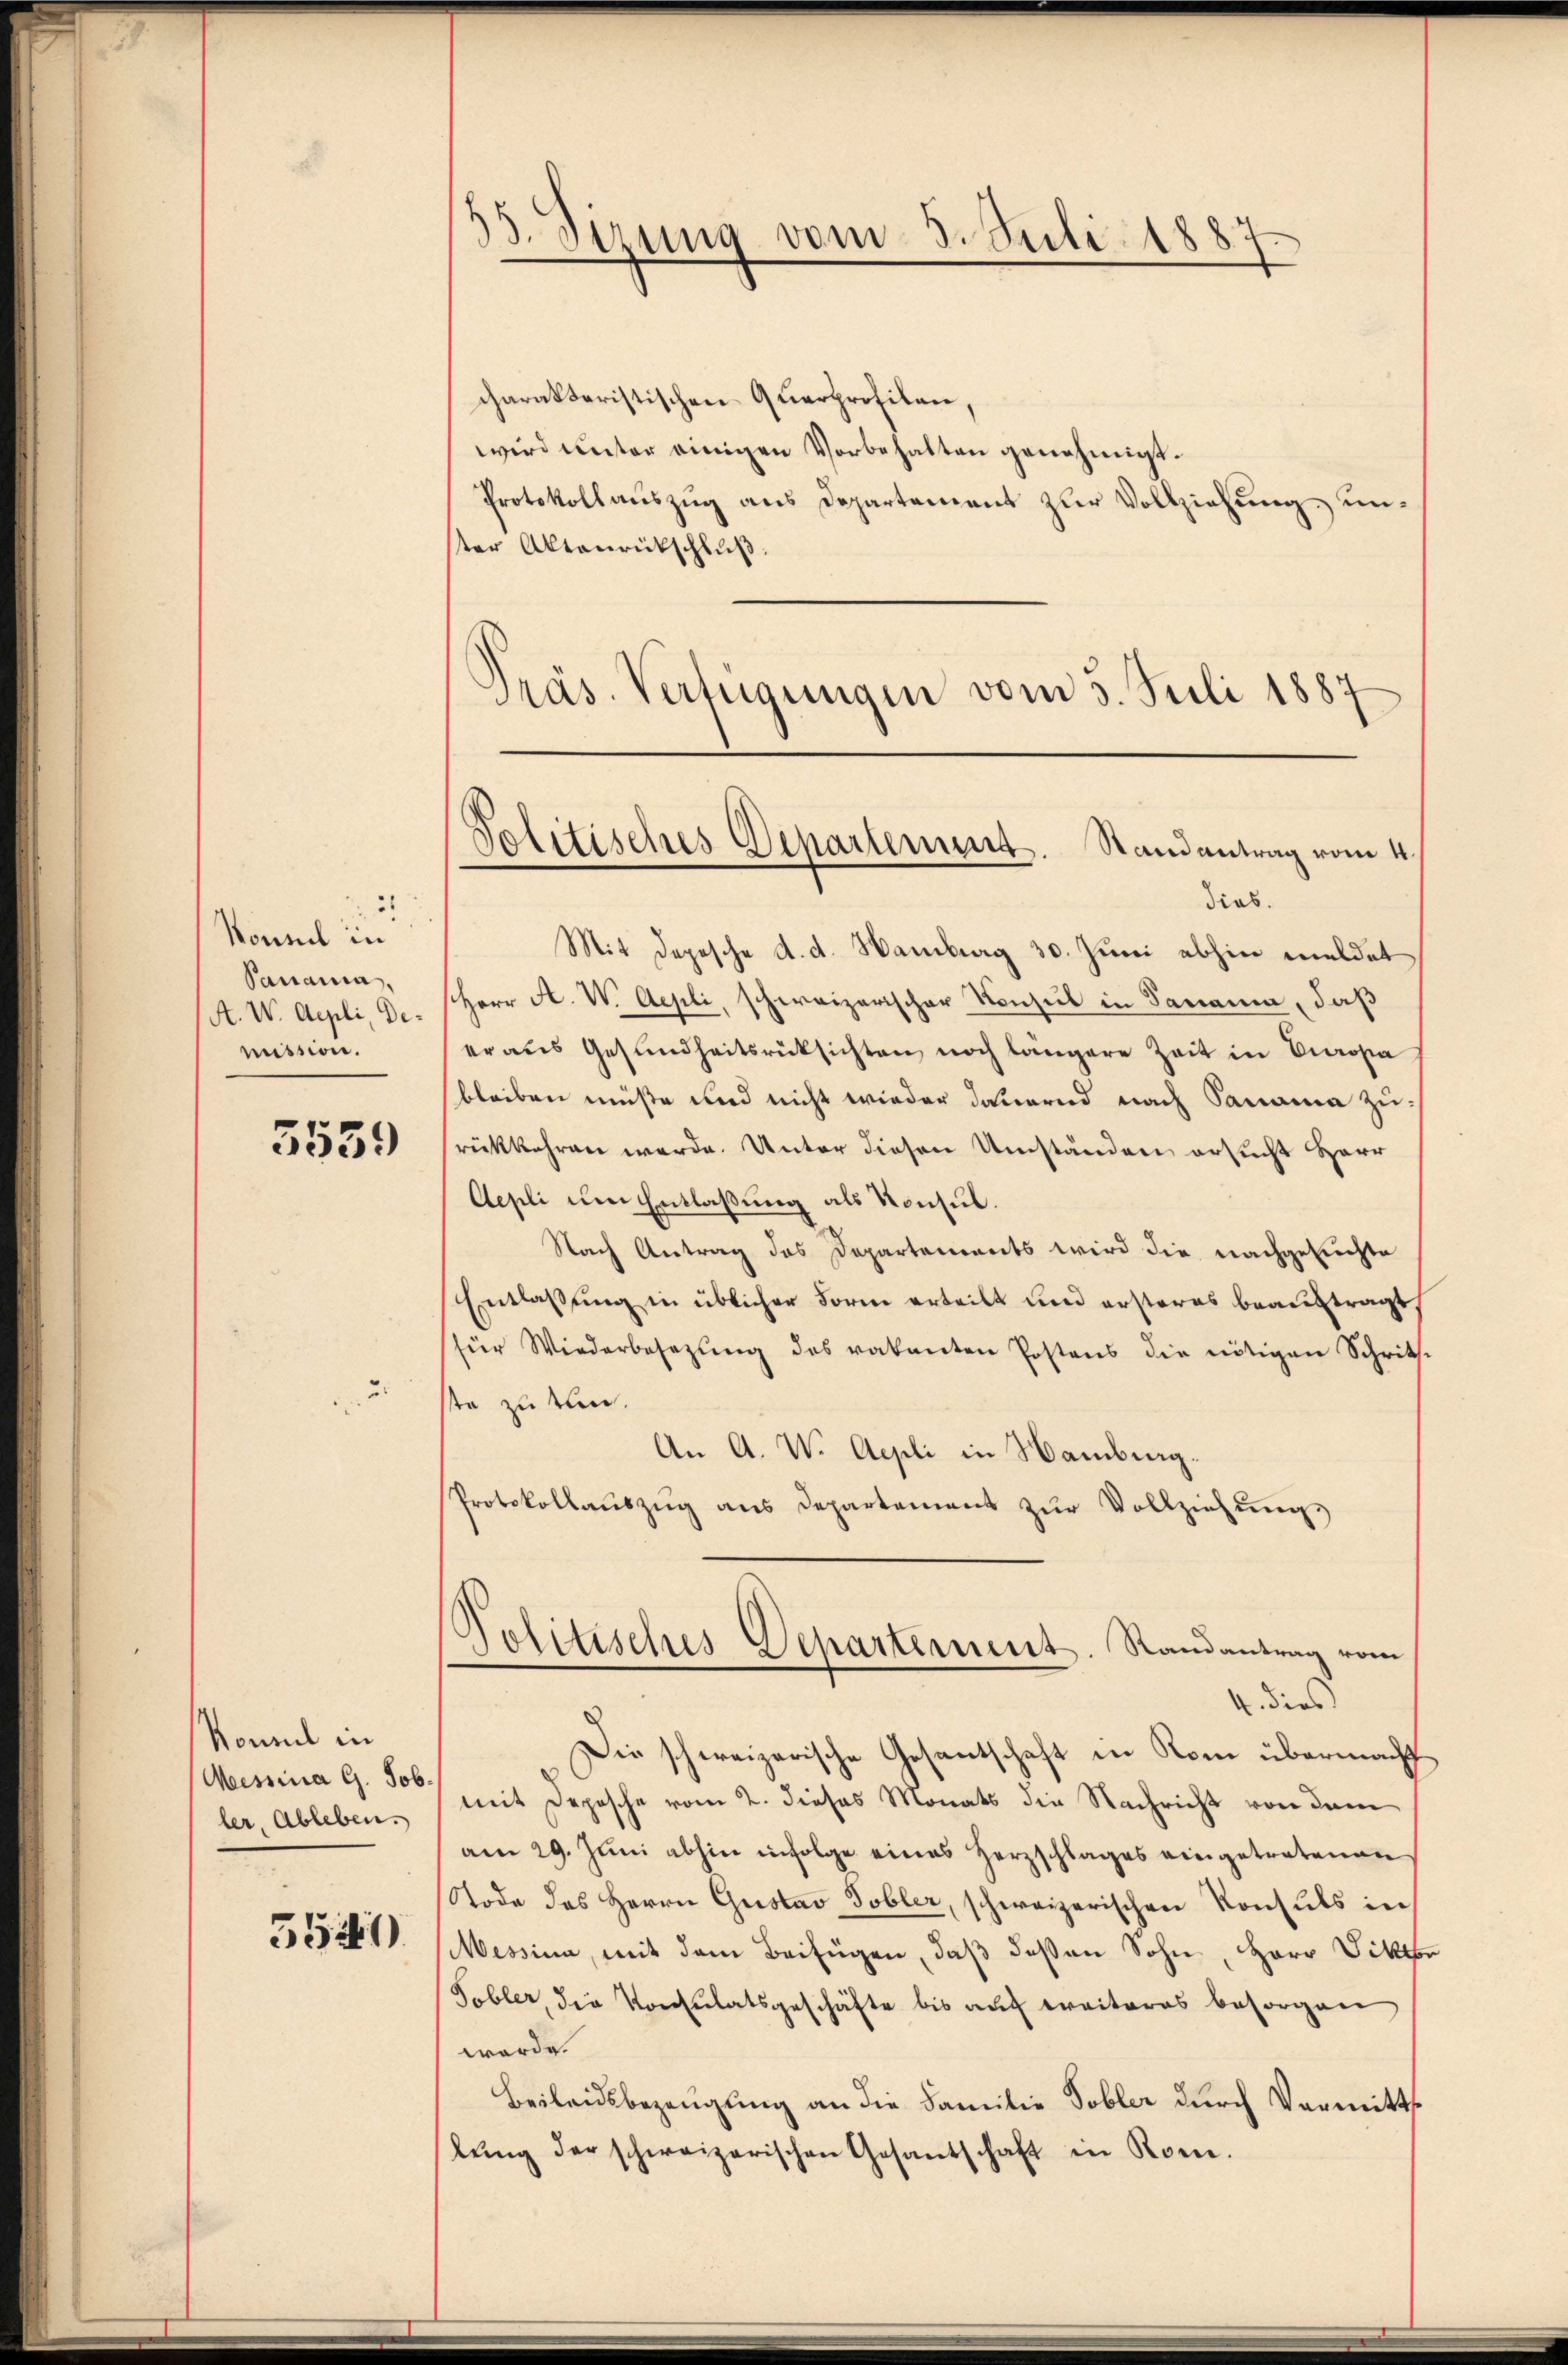
2
Nonnel in
Panama,
(A. W. Aepli, Demission.

3559

Nonnel in
Messina G. Job.
ler, Ableben.

5541)

33. Sizung vom 3. Juli 1887.

charakteristischen Querprofilen,
wird unter einigen Vorbehalten genehmigt.
Protokollauszug aus Departement zur Vollziehung unster Aktenrückschlŭβ:
Präs. Verfügungen vom 5. Juli 1884
e

Politisches Departement. Randantrag vom 4.

dieb.
Mit Depesche d. d. Hamburg 30. Juni abhin meldet
Herr A. W. Aepli, schweizerischer Konsul in Sanania, daß
er aus Gesundheitsrücksichten noch längere Zeit in Europa
bleiben müße und nicht wieder dauernd nach Panama zurückkehren werde. Unter diesen Umständen ersucht Herr
Aepli um Entlaßung als Konsul.
Nach Antrag das Departements wird die nachgesuchte
Entlassung in üblicher Form erteilt und ersteres beauftragt,
für Wiederbesetzŭng des vakanten Postens die nötigen Schritts-
te zu tun.
An A. W. Aepli in Namburg.
Protokollauszug aus Departement zur Vollziehungs
Politisches Departement. Randantrag vom
4. dies
Die schweizerische Gesantschaft in Rom übermacht
mit Depesche vom 2. dieses Monats die Nachricht von dem
am 29. Juni abhin infolge eines Herzschlages eingetretenen
Tode des Herrn Gustav Tobler, schweizerischen Konsuls in
Messina, mit dem Beifügen, daß dessen Sohn, Herr Vikt
Tobler, die Konsulatsgeschäfte bis auf weiteres besorgen
werde.
Beileidsbezeugung an die Familie Tobler durch Vermitt
lŭng der schweizerischen Gesantschaft in Rom.